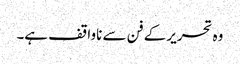
وہ تحریر کے فن سے ناواقف ہے۔